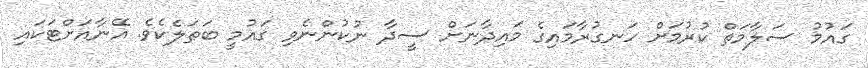
ގައުމު ސަލާމަތް ކުރުމަށް ހަނގުރާމައިގެ މައިދާނަށް ސީދާ ނުކުންނެވި ޤައުމީ ބަޠަލެކެވެ. އޭނާއަށްޓަކައި